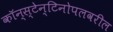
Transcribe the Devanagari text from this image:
कॉन्स्टेन्टिनोपलवरील